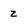
Character: z